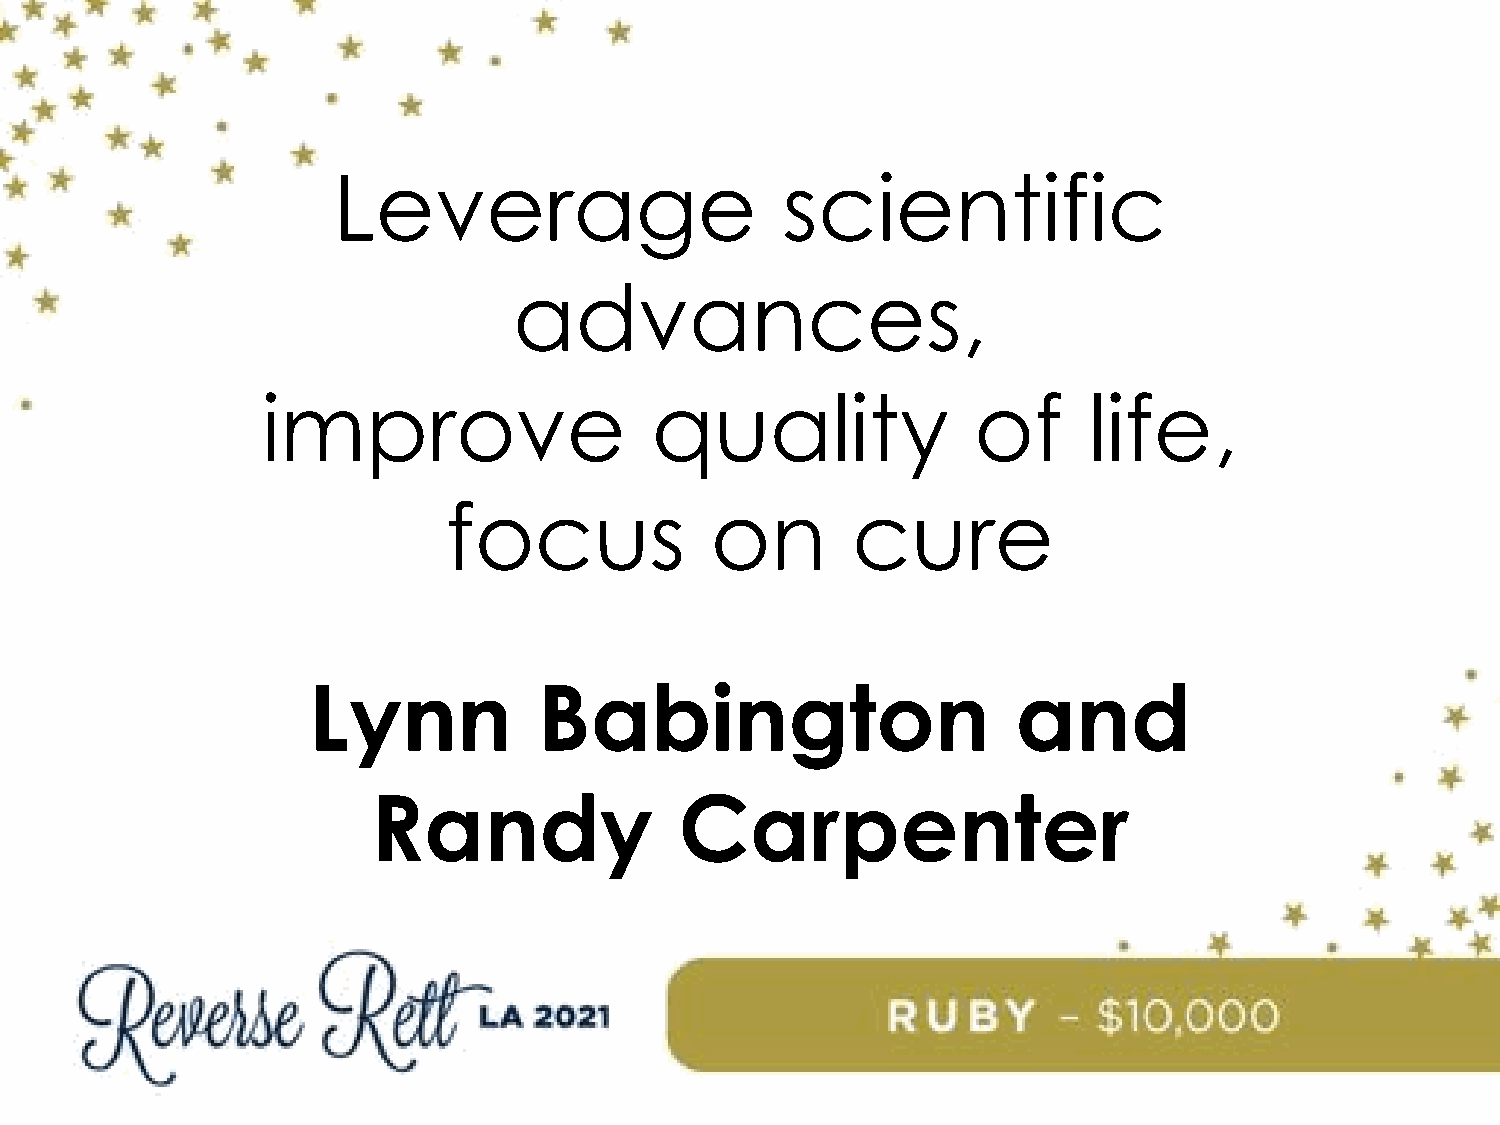
Leverage                      scientific
 advances,
 improve                   quality              of      life,
 focus            on       cure
 Lynn            Babington                      and
 Randy               Carpenter